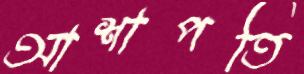
আশাপতি